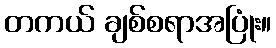
တကယ် ချစ်စရာအပြုံး။